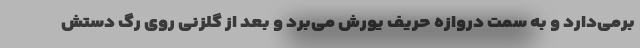
برمی‌دارد و به سمت دروازه حریف یورش می‌برد و بعد از گلزنی روی رگ دستش